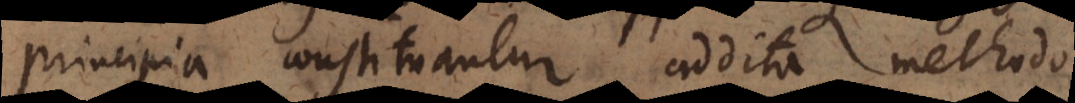
principia constituantur, addita methodo